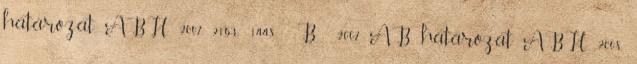
határozat ABH 2007, 2163.; 1448 B 2007. AB határozat ABH 2008,